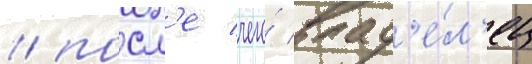
/ посл'е чего́ влад'е́л'ец